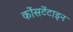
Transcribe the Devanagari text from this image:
कोंसटेंटाइन